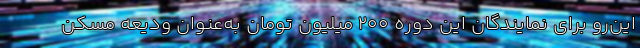
این‌رو برای نمایندگان این دوره ۲۰۰ میلیون تومان به‌عنوان ودیعه مسکن